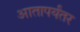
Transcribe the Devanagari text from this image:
आतापर्यंतर